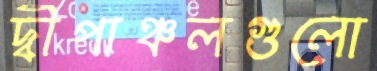
দ্বীপাঞ্চলগুলো